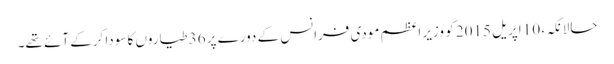
حالانکہ، 10 اپریل 2015 کو وزیر اعظم مودی فرانس کے دورے پر 36 طیاروں کا سودا کرکے آئے تھے۔